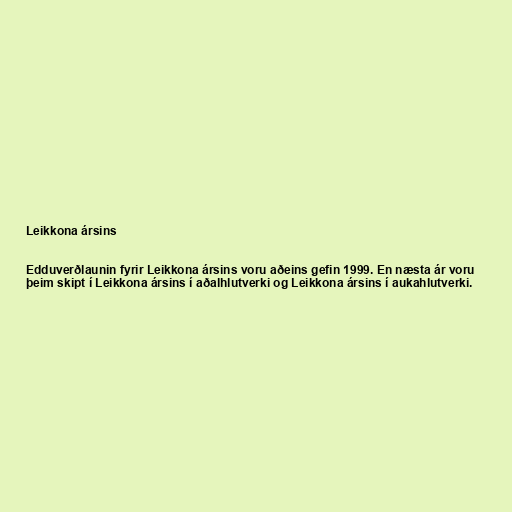
Leikkona ársins

Edduverðlaunin fyrir Leikkona ársins voru aðeins gefin 1999. En næsta ár voru
þeim skipt í Leikkona ársins í aðalhlutverki og Leikkona ársins í aukahlutverki.